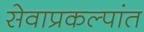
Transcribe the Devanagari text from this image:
सेवाप्रकल्पांत